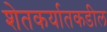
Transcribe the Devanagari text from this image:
शेतकर्यातकडील